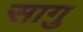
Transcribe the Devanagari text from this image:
सागु